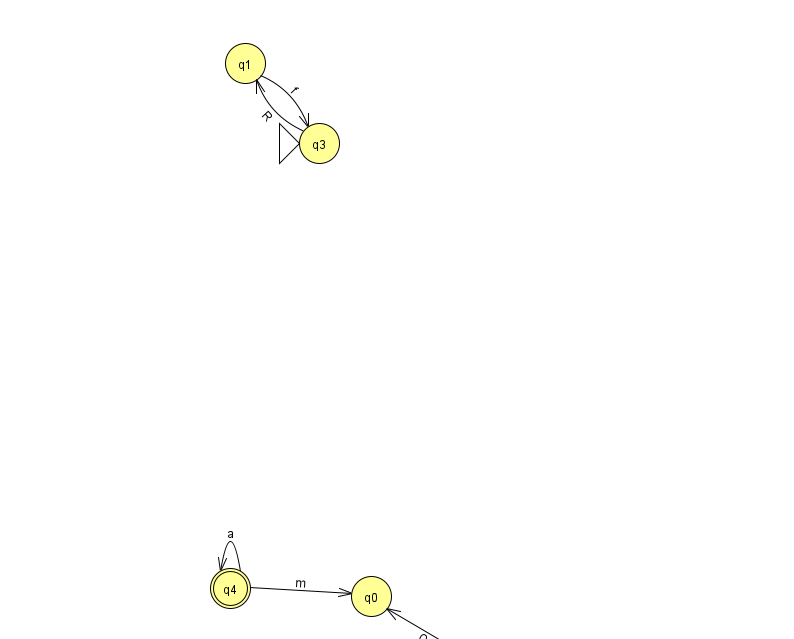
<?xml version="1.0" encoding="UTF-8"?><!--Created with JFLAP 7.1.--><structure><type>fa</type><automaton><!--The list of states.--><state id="0" name="q0"><x>371.0</x><y>583.0</y></state><state id="1" name="q1"><x>245.0</x><y>50.0</y></state><state id="2" name="q2"><x>487.0</x><y>651.0</y></state><state id="3" name="q3"><x>319.0</x><y>130.0</y><initial/></state><state id="4" name="q4"><x>230.0</x><y>575.0</y><final/></state><!--The list of transitions.--><transition><from>4</from><to>0</to><read>m</read></transition><transition><from>4</from><to>4</to><read>a</read></transition><transition><from>3</from><to>1</to><read>R</read></transition><transition><from>1</from><to>3</to><read>f</read></transition><transition><from>2</from><to>0</to><read>Q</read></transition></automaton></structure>